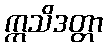
ဣသိဒတ္တာ